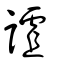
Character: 謯